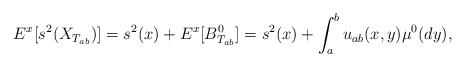
\begin{align*}E^x[s^2(X_{T_{ab}})]=s^2(x)+E^x[B^0_{T_{ab}}]=s^2(x)+\int_a^b u_{ab}(x,y)\mu^0(dy),\end{align*}